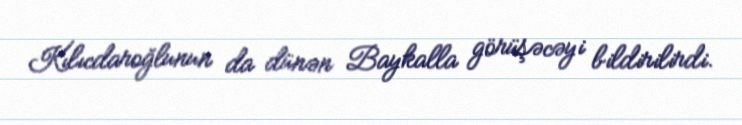
Kılıcdaroğlunun da dünən Baykalla görüşəcəyi bildirilirdi.